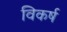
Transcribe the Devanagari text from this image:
विकर्ष